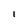
Character: I